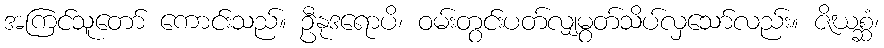
အကြင်သူတော် ကောင်းသည်။ ဦနုဒရောပိ၊ ဝမ်းတွင်းပတ်လျှမွတ်သိပ်လှသော်လည်း။ ဇိဃစ္ဆံ၊